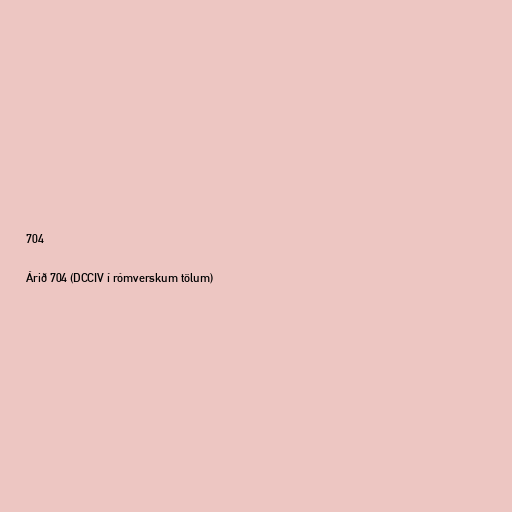
704

Árið 704 (DCCIV í rómverskum tölum)